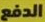
الدفع